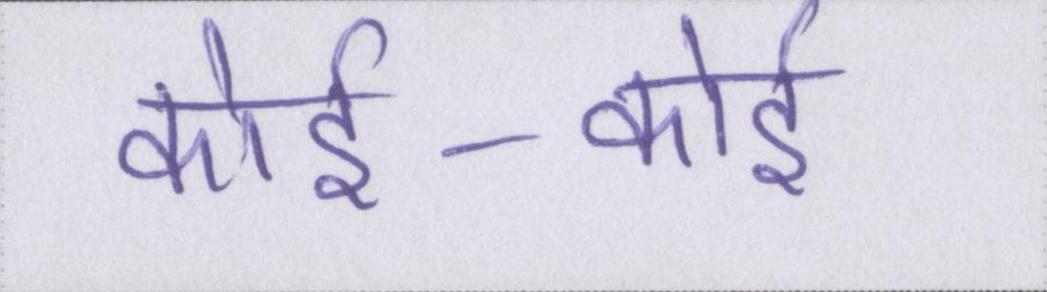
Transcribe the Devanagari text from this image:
कोई-कोई